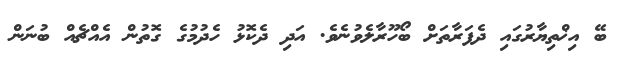
ބޭ އިޚްތިޔާރުގައި ދެފަރާތަށް ބޯހޫރާލެވުނެވެ. އަދި ދެކޮޅު ހެދުމުގެ ގޮތުން އެއްޗެއް ބުނަން